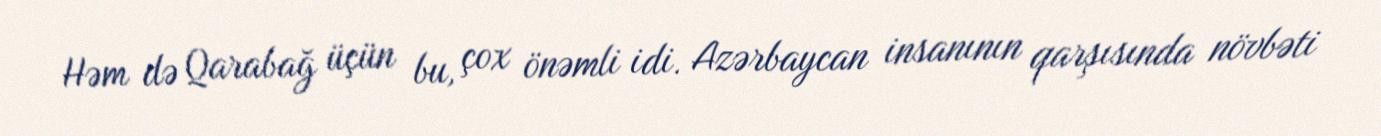
Həm də Qarabağ üçün bu, çox önəmli idi. Azərbaycan insanının qarşısında növbəti